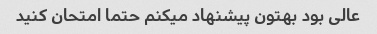
عالی بود بهتون پیشنهاد میکنم حتما امتحان کنید